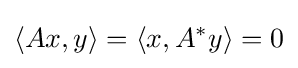
\langle Ax,y\rangle =\langle x,A^{*}y\rangle =0